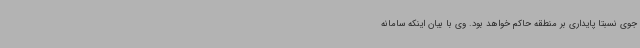
جوی نسبتا پایداری بر منطقه حاکم خواهد بود. وی با بیان اینکه سامانه